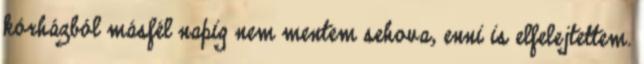
kórházból másfél napig nem mentem sehova, enni is elfelejtettem.